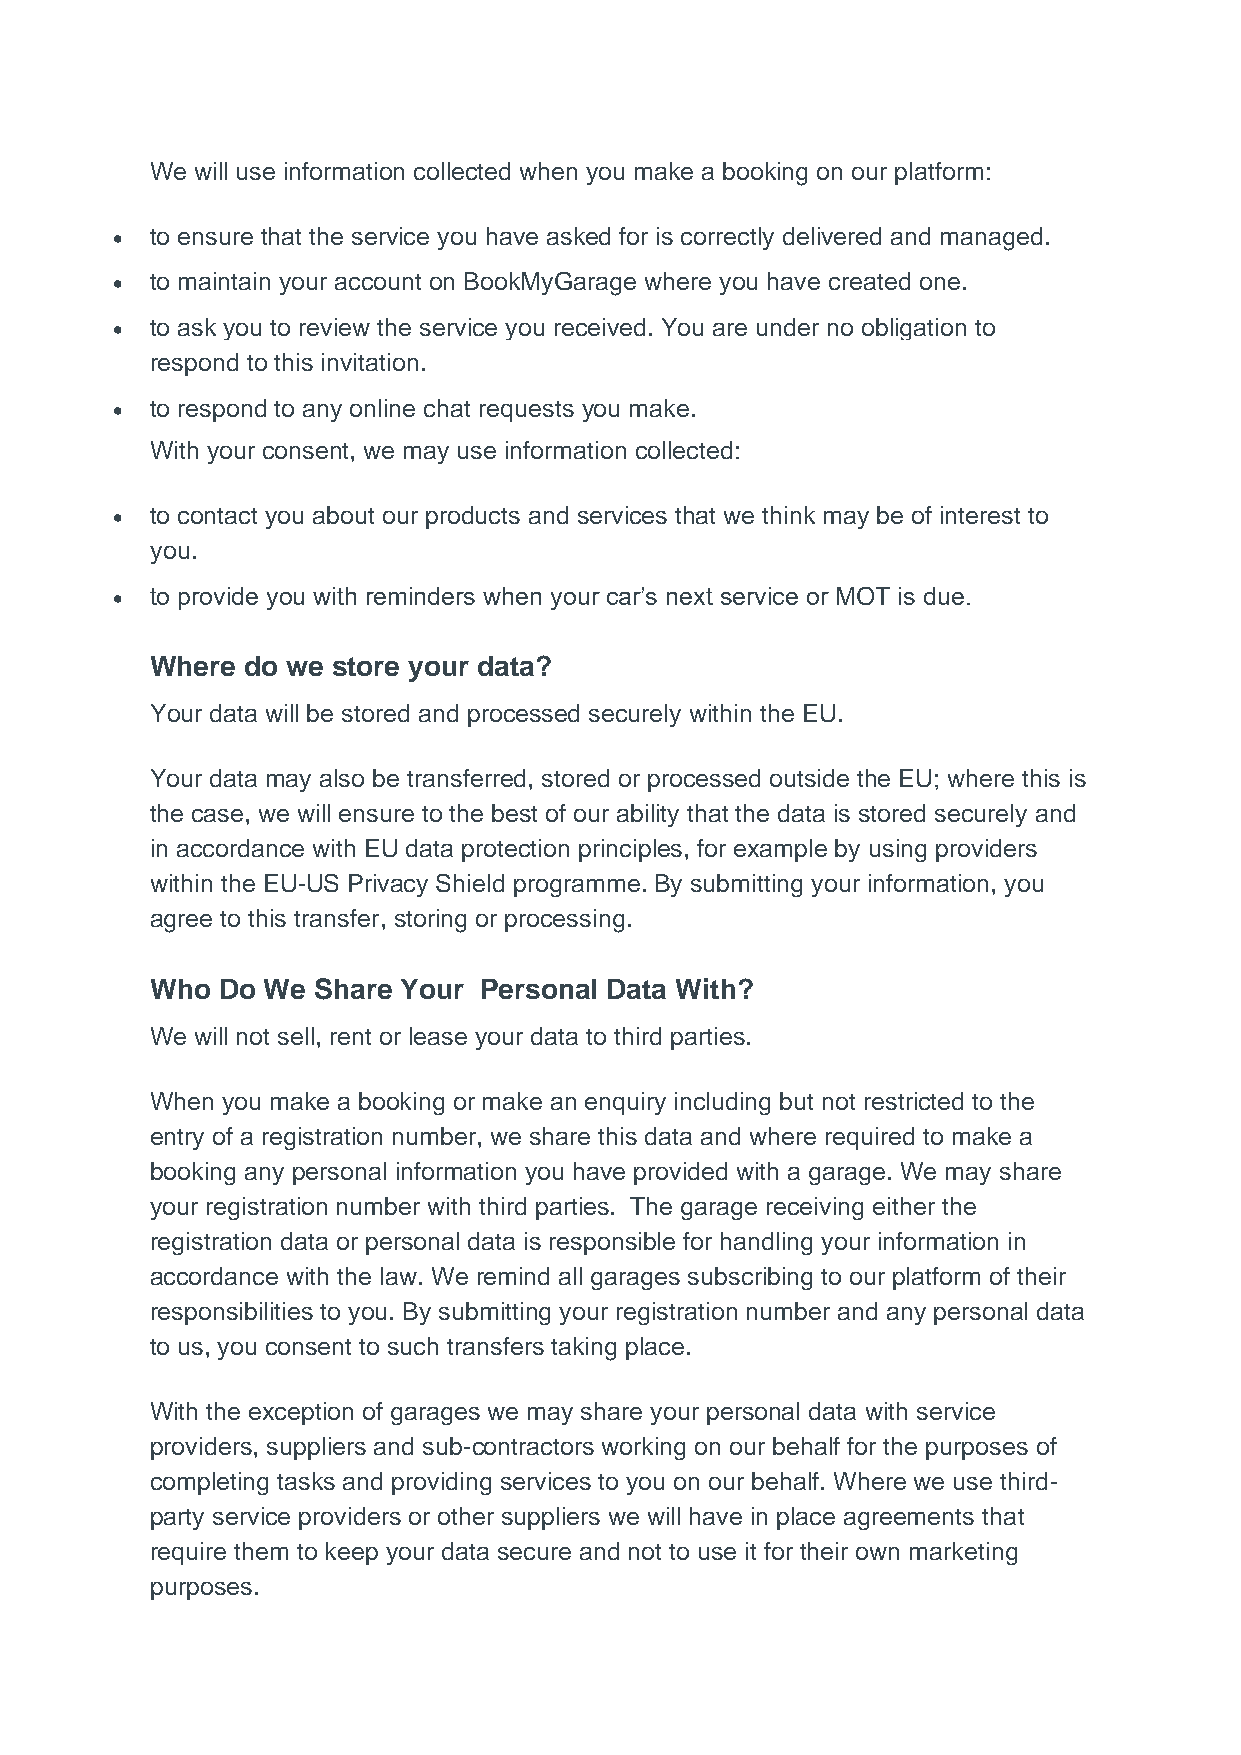
We will use information collected when you make a booking on our platform:
 •  to ensure that the service you have asked for is correctly delivered and managed.
 •  to maintain your account on BookMyGarage where you have created one.
 •  to ask you to review the service you received. You are under no obligation to
 respond to this invitation.
 •  to respond to any online chat requests you make.
 With your consent, we may use information collected:
 •  to contact you about our products and services that we think may be of interest to
 you.
 •  to provide you with reminders when your car’s next service or MOT is due.
 Where do we store your data?
 Your data will be stored and processed securely within the EU.
 Your data may also be transferred, stored or processed outside the EU; where this is
 the case, we will ensure to the best of our ability that the data is stored securely and
 in accordance with EU data protection principles, for example by using providers
 within the EU-US Privacy Shield programme. By submitting your information, you
 agree to this transfer, storing or processing.
 Who Do We  Share Your Personal Data With?
 We will not sell, rent or lease your data to third parties.
 When you make a booking or make an enquiry including but not restricted to the
 entry of a registration number, we share this data and where required to make a
 booking any personal information you have provided with a garage. We may share
 your registration number with third parties. The garage receiving either the
 registration data or personal data is responsible for handling your information in
 accordance with the law. We remind all garages subscribing to our platform of their
 responsibilities to you. By submitting your registration number and any personal data
 to us, you consent to such transfers taking place.
 With the exception of garages we may share your personal data with service
 providers, suppliers and sub-contractors working on our behalf for the purposes of
 completing tasks and providing services to you on our behalf. Where we use third-
 party service providers or other suppliers we will have in place agreements that
 require them to keep your data secure and not to use it for their own marketing
 purposes.